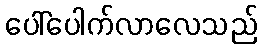
ပေါ်ပေါက်လာလေသည်